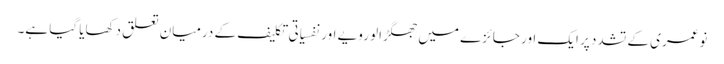
نوعمری کے تشدد پر ایک اور جائزے میں جھگڑالو رویے اور نفسیاتی تکلیف کے درمیان تعلق دکھایا گیا ہے۔